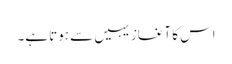
اس کا آغاز یہیں سے ہوتا ہے۔